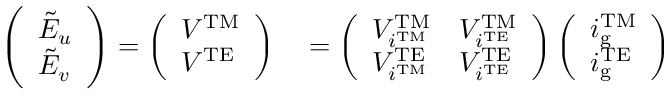
\begin{array} { r l } { \left( \begin{array} { l } { \tilde { E } _ { u } } \\ { \tilde { E } _ { v } } \end{array} \right) = \left( \begin{array} { l } { V ^ { \mathrm { T M } } } \\ { V ^ { \mathrm { T E } } } \end{array} \right) } & { { } = \left( \begin{array} { l l } { V _ { i ^ { \mathrm { T M } } } ^ { \mathrm { T M } } } & { V _ { i ^ { \mathrm { T E } } } ^ { \mathrm { T M } } } \\ { V _ { i ^ { \mathrm { T M } } } ^ { \mathrm { T E } } } & { V _ { i ^ { \mathrm { T E } } } ^ { \mathrm { T E } } } \end{array} \right) \left( \begin{array} { l } { i _ { \mathrm { g } } ^ { \mathrm { T M } } } \\ { i _ { \mathrm { g } } ^ { \mathrm { T E } } } \end{array} \right) } \end{array}